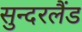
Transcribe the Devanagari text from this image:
सुन्दरलैंड